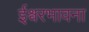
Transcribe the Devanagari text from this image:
ईश्वरभावना